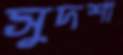
সুদশা